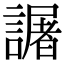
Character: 𧬅